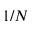
1 / N